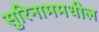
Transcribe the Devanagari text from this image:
सुरिनाममधील